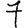
Digit: 7